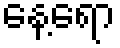
နေ့ရော